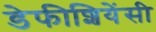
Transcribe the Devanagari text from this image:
डेफीशियेंसी